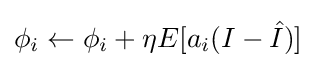
{\textstyle \phi _{i}\leftarrow \phi _{i}+\eta E[a_{i}(I-{\hat {I}})]}